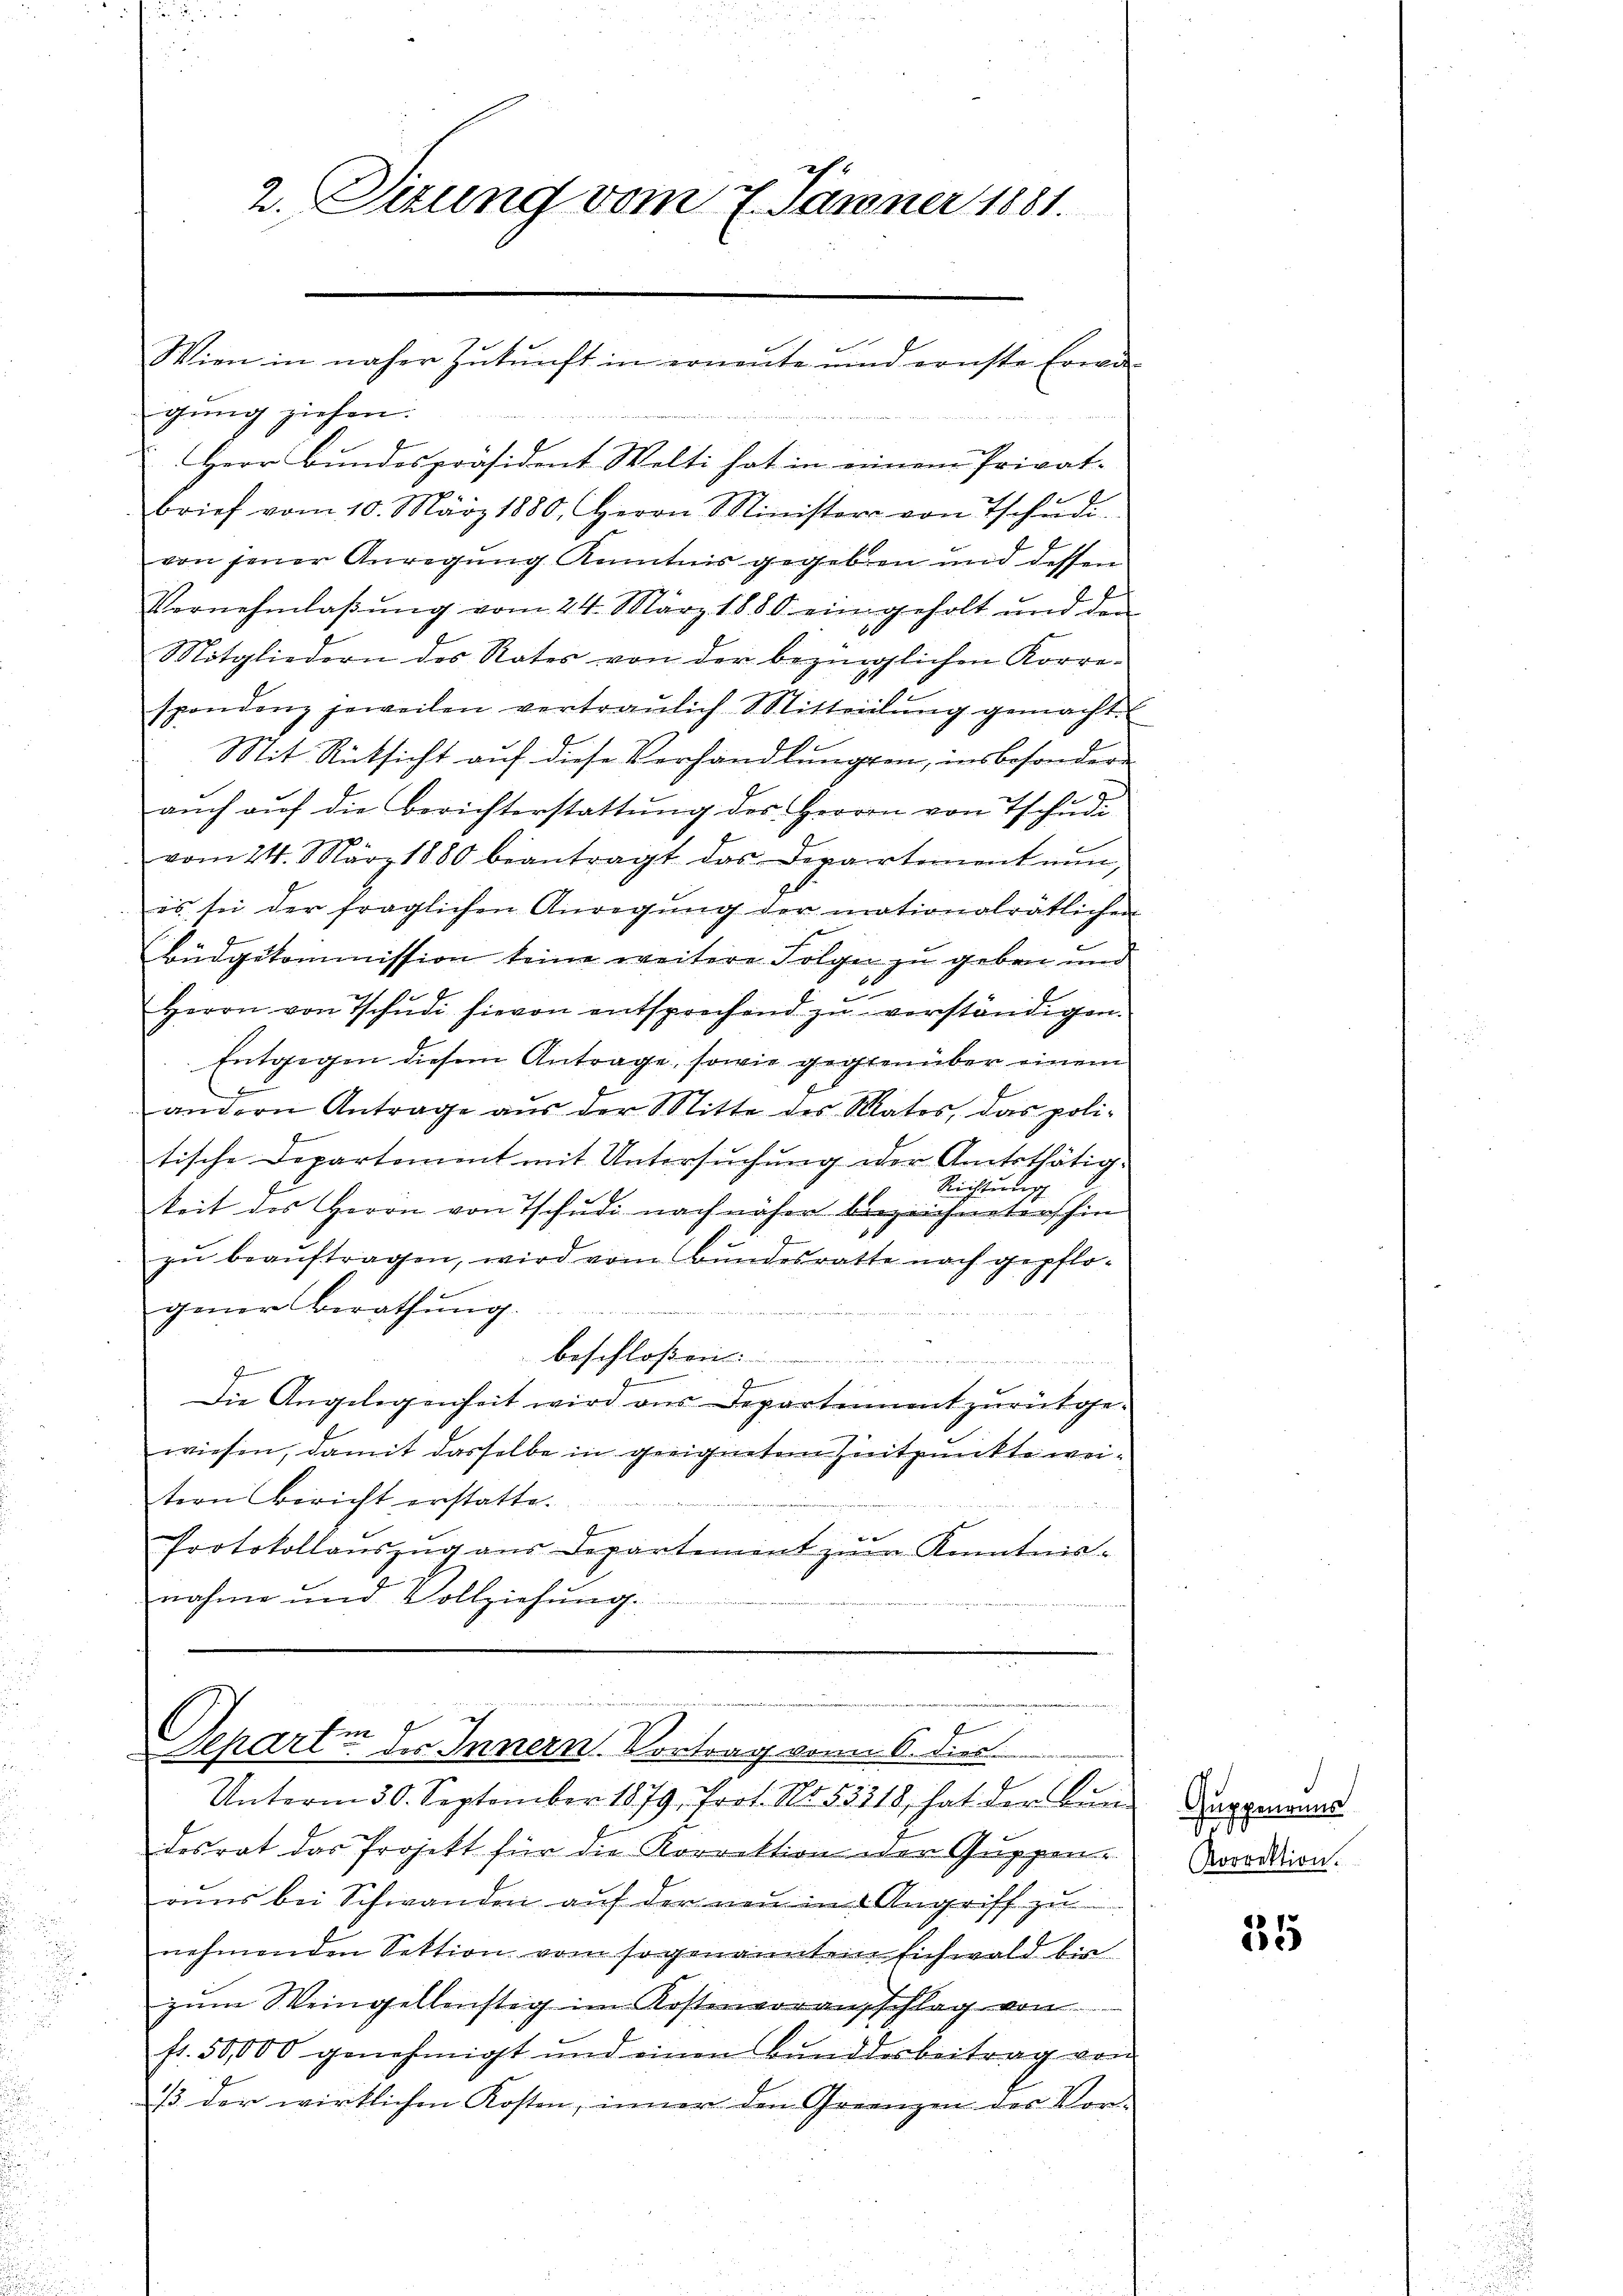
2. Sitzung vom 7. Jänner 1881

gung ziehen.
Herr Bundespräsident Welti hat in einem Privat-
E
brief vom 10. März 1880. Herrn Minister von Tschŭdi-
von jener Anregung Kenntnis gegeben und dessen
Vernehmlassŭng vom 24. März 1880 ein geholt und den
Mitgliedern des Rates von der bezüglichen Korre-
spondenz jeweilen vertraŭlich Mitteilŭng gemacht.
Mit Rücksicht auf diese Verhandlungen, insbesondere
aŭch aŭf die Berichterstattŭng des Herrn von Tschudi
vom 24. März 1880 beantragt das Departement nun,
es sei der fraglichen Anregŭng der mationalrätlichen
Büdgekommission keine weitere Folgen zu geben und
f
2
x
Herrn von Tschŭdi hievon entsprechend zu verständigen.
Entgegen diesem Antrage, sowie gegenüber einem
x
andern Antrage aŭs der Mitte des Mates, das poli-
tische Departement mit Untersuchung der Amtsthätig-
Richtung
keit des Herrn von Tschudi nach näher bezeichneterschin
zŭ beaŭftragen, wird vom Bundesrathe nach gepflo-
gener Berathung
beschloßen
n
J
Die Angelegenheit wird aus Departement zurükge-
wiesen, damit dasselbe in geeignetem Zeitpunkte weitern Bericht erstatte.
b
Protokollaŭszŭg aŭs Departement zŭm Kenntnis-
nahme und Vollziehung.

Wien in näher Zŭkŭnft in erneŭte und ernste Erwä-

Unterm 30. September 1879, Prot. No. 53318, hat der Bŭri
desrat das Projekt für die Korrektion der Guppen-
runs bei Schwanden auf der neu in Angriff zu
nehmenden Sektion vom sogenannten Eichwald bis
zŭm Weingellenstag im Kostenvoransschlag von
fr. 50,000 genehmigt und einen Bŭnddesbeitrag von
13. der wirklichen Kosten, inner den Grenzen des Vor-

.
Separt des Innern. Vortrag von 6. dies

Guppenaus
.
Korrektion.

35